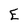
Character: E